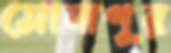
সোনাপুর